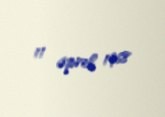
11 aprel 1968